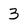
Character: 3